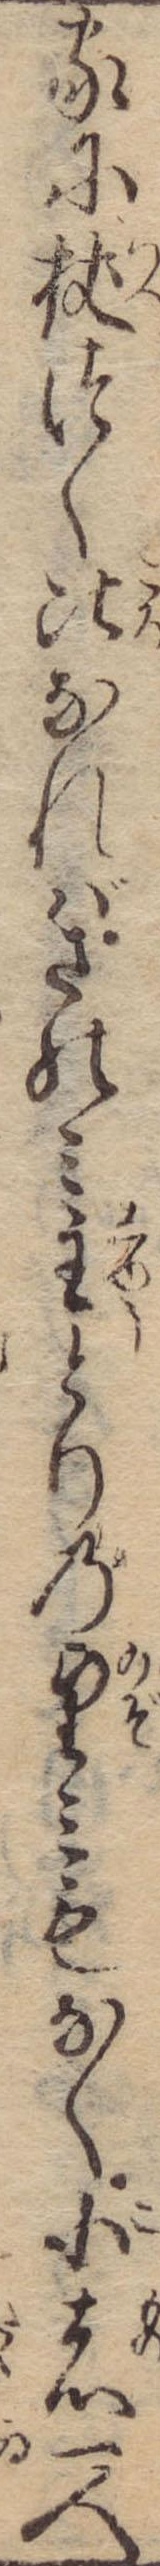
家に杖つく比なればさのみ主とりの望みもなく小者一人